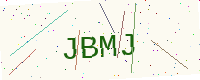
Text: JBMJ